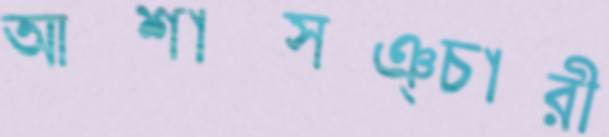
আশাসঞ্চারী